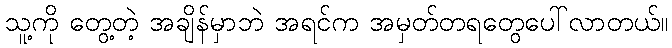
သူ့ကို တွေ့တဲ့ အချိန်မှာဘဲ အရင်က အမှတ်တရတွေပေါ်လာတယ်။